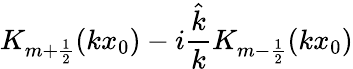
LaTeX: K_{m+\frac 12}(kx_{0})-i\frac{\hat{k}}{k}K_{m-\frac 12}(kx_{0})